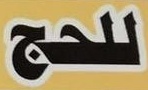
للحج